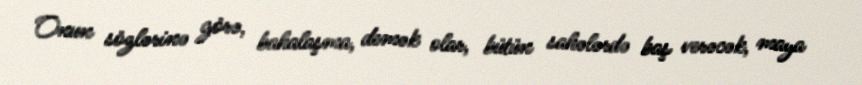
Onun sözlərinə görə, bahalaşma, demək olar, bütün sahələrdə baş verəcək, maya